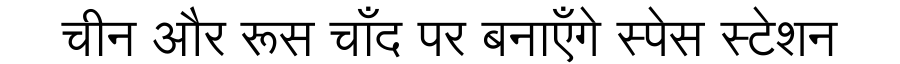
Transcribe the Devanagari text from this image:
चीन और रूस चाँद पर बनाएँगे स्पेस स्टेशन